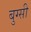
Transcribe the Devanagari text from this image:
बुग्‍सी